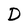
Character: D